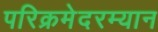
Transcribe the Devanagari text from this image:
परिक्रमेदरम्यान